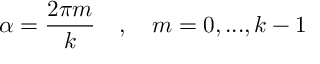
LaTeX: \alpha = \frac { 2 \pi m } { k } \quad , \quad m = 0 , . . . , k - 1